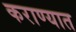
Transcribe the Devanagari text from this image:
कराण्यात